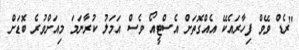
"ރެޑް ވޭވް ފިހާރައެކޭ އެއްގޮތަށް އެސްޓީއޯ ވެސް އަމަލު ކުރާނަމަ މިއަށްވުރެ ބޮޑަށް